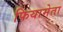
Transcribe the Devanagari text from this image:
फियामेता